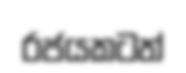
රජයකටත්